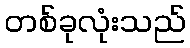
တစ်ခုလုံးသည်